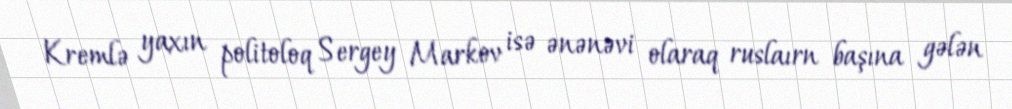
Kremlə yaxın politoloq Sergey Markov isə ənənəvi olaraq ruslaırn başına gələn